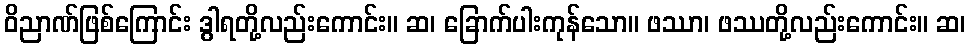
ဝိညာဏ်ဖြစ်ကြောင်း ဒွါရတို့လည်းကောင်း။ ဆ၊ ခြောက်ပါးကုန်သော။ ဖဿာ၊ ဖဿတို့လည်းကောင်း။ ဆ၊